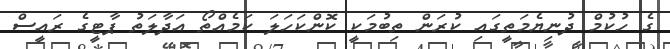
ގެ ހުކުމް ދުނިޔެމަތީގައި ކުރަން ތިބުމަކީ ކޮންކަހަލަ ކަމެއްތޯ އަދާލަތު ޕާޓީގެ ރައީސް